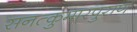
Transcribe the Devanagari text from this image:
सनत्कुमारपुराण